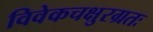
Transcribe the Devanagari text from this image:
विवेकचक्षुरग्रतः